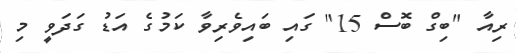
ރިއާ "ބިގް ބޮސް 15" ގައި ބައިވެރިވާ ކަމުގެ އަޑު ގަދަވީ މި